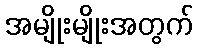
အမျိုးမျိုးအတွက်